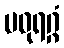
မဓုရဂ္ဂံ